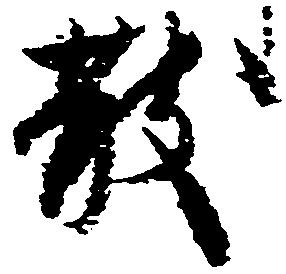
散